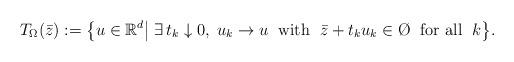
LaTeX: \begin{align*}T_\Omega(\bar z):=\big\{u\in\mathbb R^d\big|\;\exists\,t_k\downarrow 0,\;u_k\to u\;\mbox{ with }\;\bar z+t_k u_k\in\O\;\mbox{ for all }\;k\big\}.\end{align*}